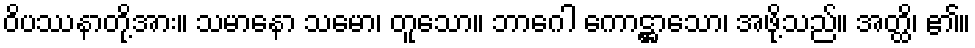
ဝိပဿနာတို့အား။ သမာနော သမော၊ တူသော။ ဘာဂေါ ကောဋ္ဌာသော၊ အဖို့သည်။ အတ္ထိ၊ ၏။